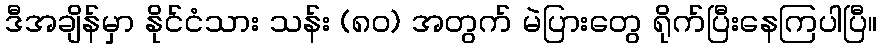
ဒီအချိန်မှာ နိုင်ငံသား သန်း (၈ဝ) အတွက် မဲပြားတွေ ရိုက်ပြီးနေကြပါပြီ။